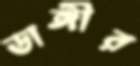
ডাঙ্গীর